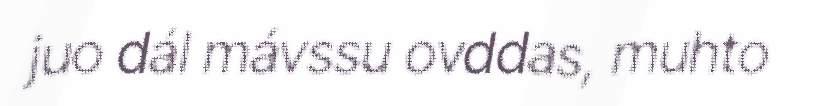
juo dál mávssu ovddas, muhto